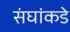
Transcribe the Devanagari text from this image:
संघांकडे